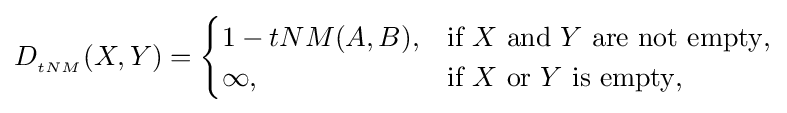
D_{_{tNM}}(X,Y)={\begin{cases}1-tNM(A,B),&{\mbox{if }}X{\mbox{ and }}Y{\mbox{ are not empty}},\\\infty ,&{\mbox{if }}X{\mbox{ or }}Y{\mbox{ is empty}},\end{cases}}